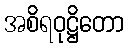
အစိရဝုဋ္ဌိတော